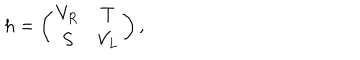
h = \left( \begin{array} { c c } { { V _ { R } } } & { { T } } \\ { { S } } & { { V _ { L } } } \\ \end{array} \right) ,